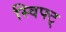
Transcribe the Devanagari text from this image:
स्विफ्ट्